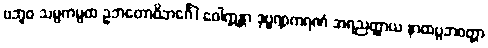
ဗဘူဝ သမ္ပကမ္ပထ ဥဘတောဝိဘင်္ဂေါ ဝေါက္ကန္တာ ဒုဗ္ဗဏ္ဏကရဏံ အရညတ္ထာယ နာထပ္ပဘဝတ္တာ